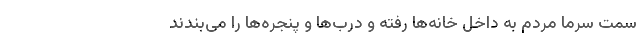
سمت سرما مردم به داخل خانه‌ها رفته و درب‌ها و پنجره‌ها را می‌بندند